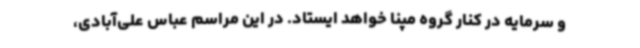
و سرمایه در کنار گروه مپنا خواهد ایستاد. در این مراسم عباس علی‌آبادی،